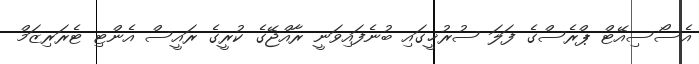
އެސޯސިއޭޓް ޕްރެސްގެ ފަލަ ސުރުޚީގައި ބުނެފައިވަނީ ރާއްޖޭގެ ކުރީގެ ރައީސް އެންޓި ޓެރަރިޒަމް